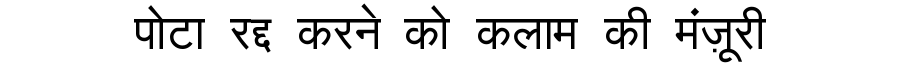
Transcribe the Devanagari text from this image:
पोटा रद्द करने को कलाम की मंज़ूरी